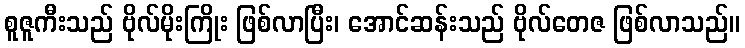
စူဇူကီးသည် ဗိုလ်မိုးကြိုး ဖြစ်လာပြီး၊ အောင်ဆန်းသည် ဗိုလ်တေဇ ဖြစ်လာသည်။